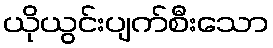
ယိုယွင်းပျက်စီးသော